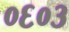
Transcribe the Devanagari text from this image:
०६०३